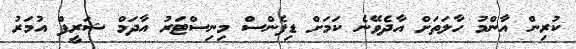
ކުރިން އާންމު ހާލަތަށް އާދެވޭނެ ކަމަށް ޑިފެންސް މިނިސްޓަރު އާދަމް ޝަރީފް އުމަރު